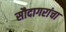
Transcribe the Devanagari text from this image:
सौदागरांचा